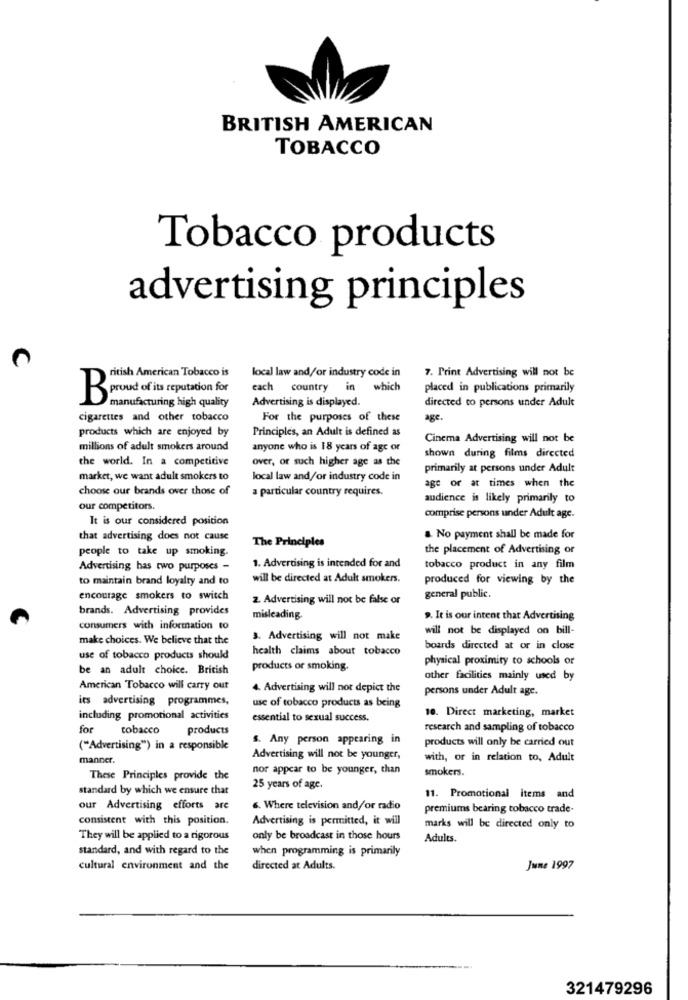
BRITISH AMERICAN
TOBACCO
Tobacco products
advertising principles
local law and/or industry code in
7. Print Advertising will not be
ritish American Tobacco is
each
country
in
which
placed in publications primarily
Advertising is displayed.
directed to persons under Adult
Brown Of its reputation for
manufacturing high quality
cigarettes and other tobacco
For the purposes of these
age.
products which are enjoyed by
Principles, an Adult is defined as
Cinema Advertising will not be
millions of adult smokers around
anyone who is 18 years of age or
the world. In a competitive
over, or such higher age as the
shown during films directed
primarily at persons under Adult
market, we want adult smokers to
local law and/or industry code in
choose our brands over those of
a particular country requires.
age or at times when the
audience is likely primarily to
our competitors.
It is our considered position
comprise persons under Adult age.
that advertising does not cause
The Principles
&. No payment shall be made for
people to take up smoking.
the placement of Advertising or
Advertising has two purposes -
1. Advertising is intended for and
tobacco product in any film
to maintain brand loyalty and to
will be directed at Adult smokers.
produced for viewing by the
encourage smokers to switch
2. Advertising will not be false or
general public.
brands. Advertising provides
misleading.
9. It is our intent that Advertising
consumers with information to
will not be displayed on bill-
make choices. We believe that the
3. Advertising will not make
health claims about tobacco
boards directed at or in close
use of tobacco products should
physical proximity to schools or
be an adult choice. British
products or smoking.
other facilities mainly used by
American Tobacco will carry out
4. Advertising will not depict the
persons under Adult age.
its advertising programmes,
use of tobacco products as being
10. Direct marketing, market
including promotional activities
essential to sexual success.
for
tobacco
products
research and sampling of tobacco
s. Any person appearing in
products will only be carried out
("Advertising") in a responsible
manner.
Advertising will not be younger,
with, or in relation to, Adult
nor appear to be younger, than
smokers.
These Principles provide the
standard by which we ensure that
25 years of age.
11. Promotional items and
our Advertising efforts are
6. Where television and/or radio
premiums bearing tobacco trade-
consistent with this position.
Advertising is permitted, it will
marks will be directed only to
They will be applied to a rigorous
only be broadcast in those hours
Adults.
standard, and with regard to the
when programming is primarily
cultural environment and the
directed at Adults.
June 1997
321479296